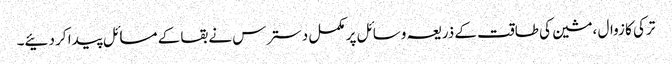
ترکی کا زوال ،مشین کی طاقت کے ذریعہ وسائل پر مکمل دسترس نے بقا کے مسائل پیدا کر دئیے۔